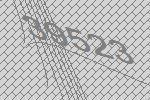
39523